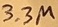
Text: 3.3µ